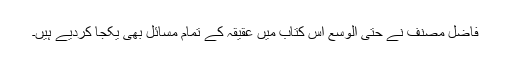
فاضل مصنف نے حتیٰ الوسع اس کتاب میں عقیقہ کے تمام مسائل بھی یکجا کردیے ہیں۔